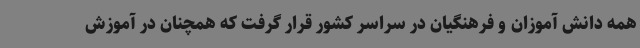
همه دانش آموزان و فرهنگیان در سراسر کشور قرار گرفت که همچنان در آموزش